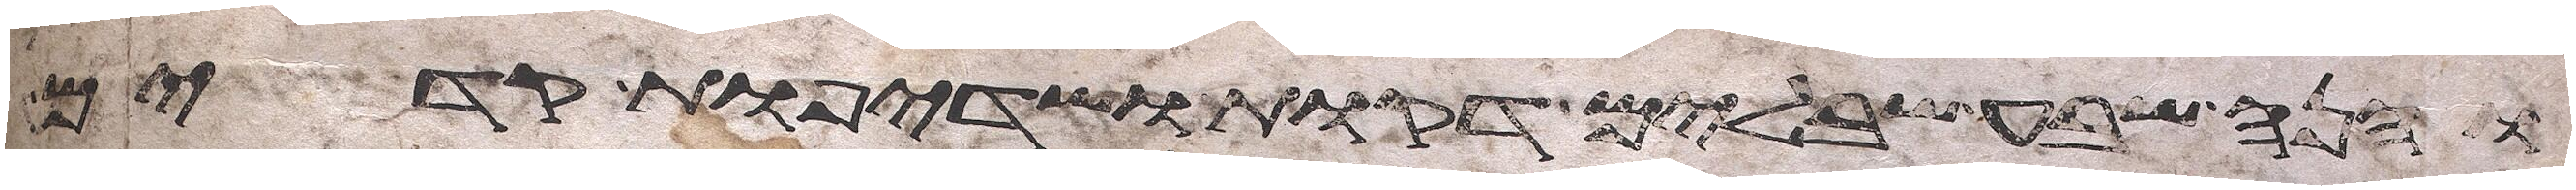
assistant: והנה שבע שבלים דקות ושדיפת קדים